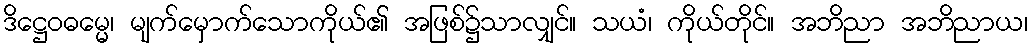
ဒိဋ္ဌေဝဓမ္မေ၊ မျက်မှောက်သောကိုယ်၏ အဖြစ်၌သာလျှင်။ သယံ၊ ကိုယ်တိုင်။ အဘိညာ အဘိညာယ၊